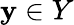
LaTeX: \mathbf y\in Y